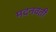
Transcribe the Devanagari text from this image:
मदनवती